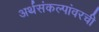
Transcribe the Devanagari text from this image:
अर्थसंकल्पांवरची